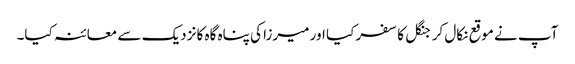
آپ نے موقع نکال کر جنگل کا سفر کیا اور میرزا کی پناہ گاہ کا نزدیک سے معائنہ کیا۔